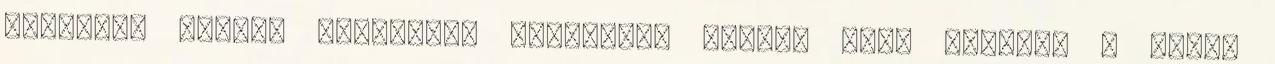
adottság ▪Ennek megoldása elsőszámú kérdés kell legyen. A sport